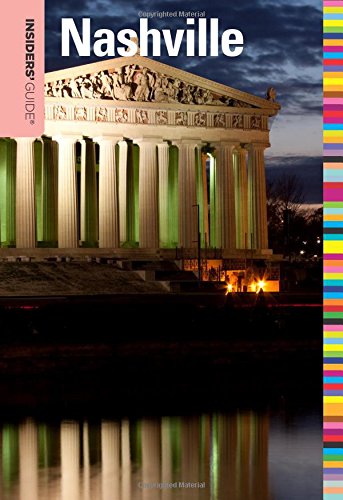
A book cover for Insiders' GuideÂ® to Nashville (Insiders' Guide Series); Jackie Sheckler Finch; Travel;